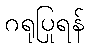
ဂရုပြုရန်